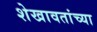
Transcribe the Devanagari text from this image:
शेखावतांच्या